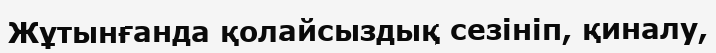
Жұтынғанда қолайсыздық сезініп, қиналу,